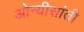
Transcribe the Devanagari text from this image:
ओन्यीसांती